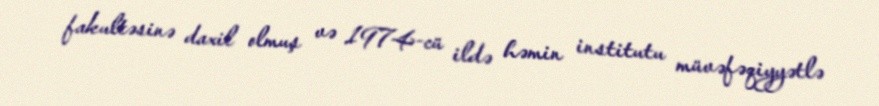
fakultəsinə daxil olmuş və 1974-cü ildə həmin institutu müvəfəqiyyətlə